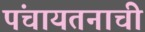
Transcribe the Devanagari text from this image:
पंचायतनाची